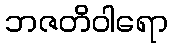
ဘဇတိဝါရော